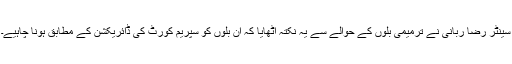
سینٹر رضا ربانی نے ترمیمی بلوں کے حوالے سے یہ نکتہ اٹھایا کہ ان بلوں کو سپریم کورٹ کی ڈائریکشن کے مطابق ہونا چاہیے۔